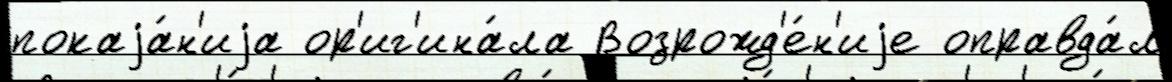
покаjа́н'иjа ор'иг'ина́ла Возрожд'е́н'иjе оправда́л